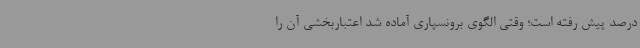
درصد پیش رفته است؛ وقتی الگوی برونسپاری آماده شد اعتباربخشی آن را